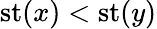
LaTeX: \operatorname{st}(x)<\operatorname{st}(y)